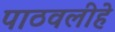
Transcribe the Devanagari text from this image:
पाठवलीहे